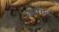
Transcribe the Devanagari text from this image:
उजाग्रित